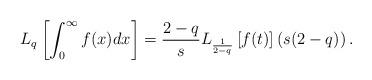
LaTeX: \begin{align*} L_{q} \left[ \int_{0}^{\infty} f(x) dx \right] = \frac{2-q}{s} L_{\frac{1}{2-q}} \left[ f(t) \right] \left(s(2-q)\right). \end{align*}